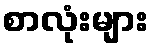
စာလုံးများ